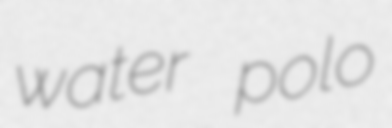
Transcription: water polo